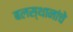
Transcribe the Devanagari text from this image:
बलस्थानांचे